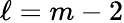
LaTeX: \ell=m-2